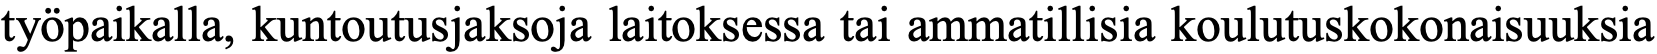
työpaikalla, kuntoutusjaksoja laitoksessa tai ammatillisia koulutuskokonaisuuksia